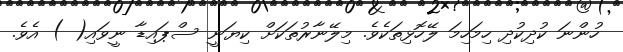
ހުންނަ ކުދިކުދި ހިމަހިމަ ލޭހޮޅިތަކެވެ. މިލޭނާރުތަކަށް ކިޔަނީ ސްޕައިޑާ ނީވައި( ) އެވެ.